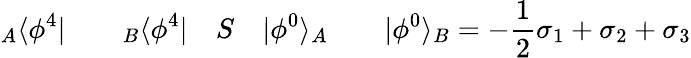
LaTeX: {}_{A}\langle\phi^{4}|\qquad{}_{B}\langle\phi^{4}|\quad S\quad|\phi^{0}\rangle_{A}\qquad|\phi^{0}\rangle_{B}=-\frac{1}{2}\sigma_{1}+\sigma_{2}+\sigma_{3}